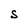
Character: S